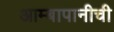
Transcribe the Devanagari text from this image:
आम्बापानीची